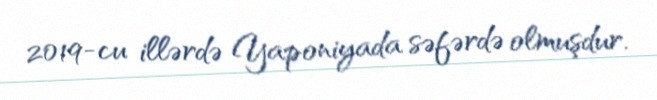
2019-cu illərdə Yaponiyada səfərdə olmuşdur.